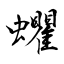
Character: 蠷